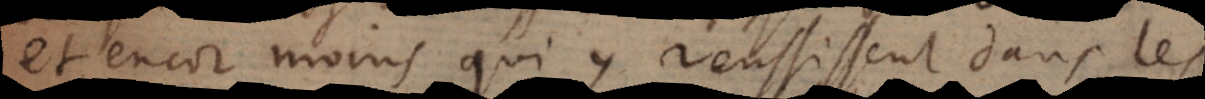
et encor moins qui y reussissent dans les